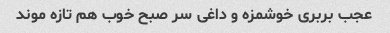
عجب بربری خوشمزه و داغی سر صبح خوب هم تازه موند